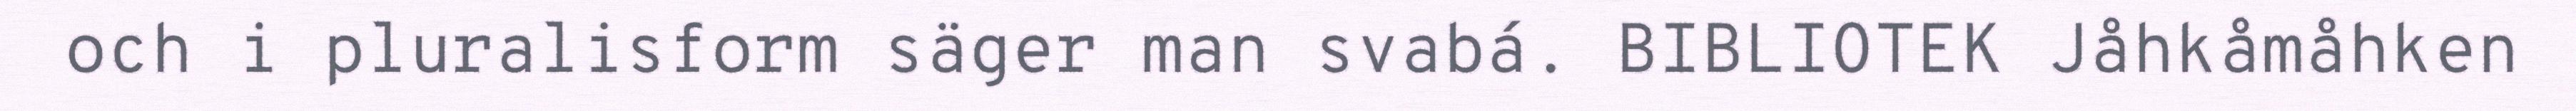
och i pluralisform säger man svabá. BIBLIOTEK Jåhkåmåhken